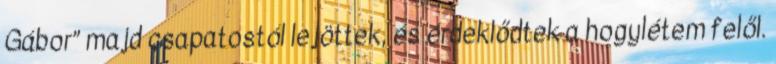
Gábor” majd csapatostól lejöttek, és érdeklődtek a hogylétem felől.